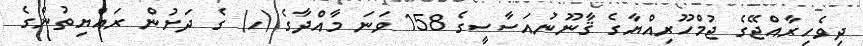
ދިވެހިރާއްޖޭގެ ޖުމްހޫރިއްޔާގެ ޤާނޫނުއަސާސީގެ 158 ވަނަ މާއްދާގެ (ހ) ގެ ދަށުން ރައްޔިތުންގެ